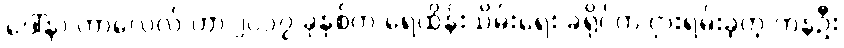
ဒေါ်နာ ကာလေလ် ဟာ ၂၀၁၇ ခုနှစ်က ရေထိန်းသိမ်းရေး ခရိုင်က ငှားရမ်းခဲ့တဲ့ ကနဦး